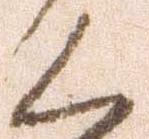
く